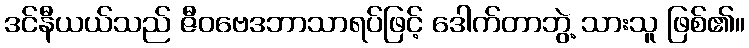
ဒင်နီယယ်သည် ဇီဝဗေဒဘာသာရပ်ဖြင့် ဒေါက်တာဘွဲ့ သားသူ ဖြစ်၏။